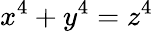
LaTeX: x^{4}+y^{4}=z^{4}